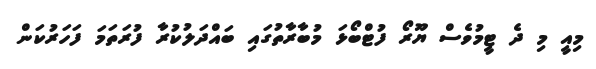
މިއީ މި ދެ ޓީމުވެސް ޔޫރޯ ފުޓްބޯޅަ މުބާރާތުގައި ބައްދަލުކުރާ ފުރަތަމަ ފަހަރުކަން